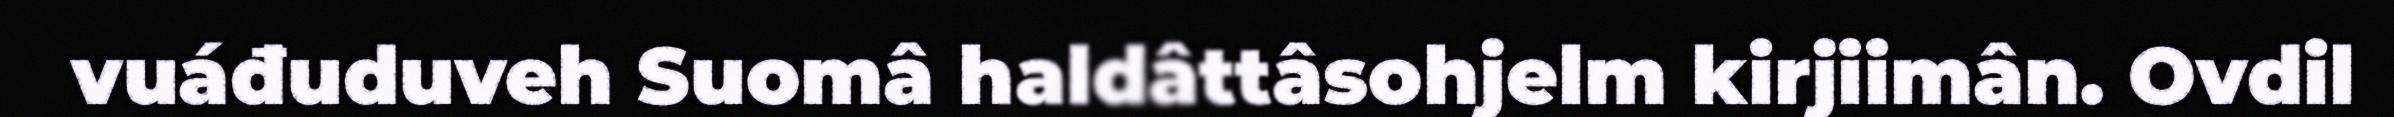
vuáđuduveh Suomâ haldâttâsohjelm kirjiimân. Ovdil